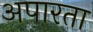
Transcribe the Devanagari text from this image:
अपारता